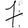
Digit: 7